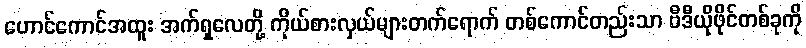
ဟောင်ကောင်အထူး အက်ရှလေတို့ ကိုယ်စားလှယ်များတက်ရောက် တစ်ကောင်တည်းသာ ဗီဒီယိုဖိုင်တစ်ခုကို